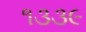
૧૩૩૯